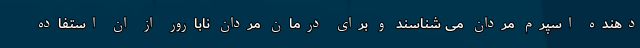
دهنده اسپرم مردان می شناسند و برای درمان مردان نابارور از ان استفاده